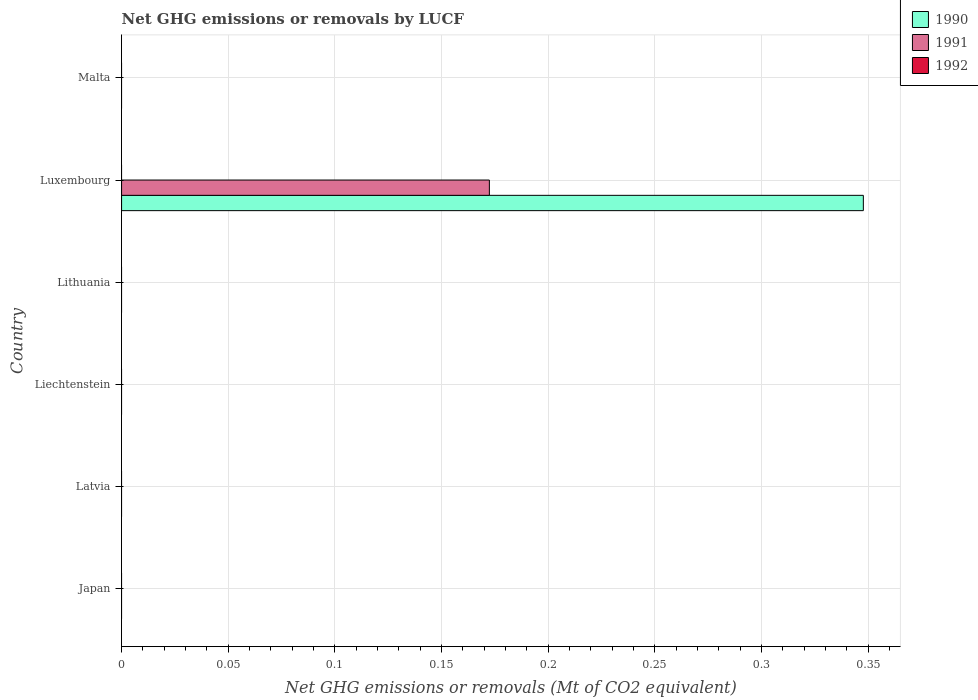
| Country | 1990 | 1991 | 1992 |
 | --- | --- | --- | --- |
 | Japan | -69.6 | -76.8 | -76.5 |
 | Latvia | -15.2 | -16.9 | -18 |
 | Liechtenstein | -0.00822 | -0.00825 | -0.00829 |
 | Lithuania | -4.33 | -4.67 | -4.68 |
 | Luxembourg | 0.348 | 0.172 | -0.196 |
 | Malta | -0.057 | -0.057 | -0.057 |